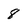
Character: 8